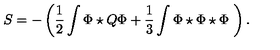
S = - \left( \frac { 1 } { 2 } \int \Phi \star Q \Phi + \frac { 1 } { 3 } \int \Phi \star \Phi \star \Phi \ \right) .